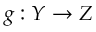
g : Y \to Z